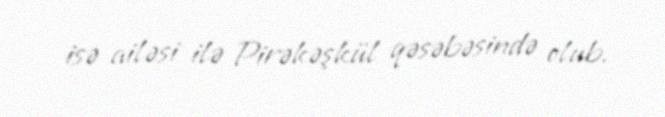
isə ailəsi ilə Pirəkəşkül qəsəbəsində olub.